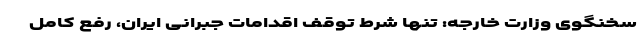
سخنگوی وزارت خارجه: تنها شرط توقف اقدامات جبرانی ایران، رفع کامل